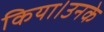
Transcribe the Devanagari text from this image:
किया।उनके